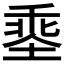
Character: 𡏕